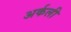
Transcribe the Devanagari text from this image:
अर्कली